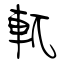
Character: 軏